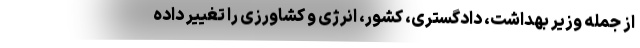
از جمله وزیر بهداشت، دادگستری، کشور، انرژی و کشاورزی را تغییر داده